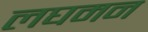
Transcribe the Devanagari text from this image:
लघमन